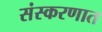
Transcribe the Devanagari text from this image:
संस्करणात